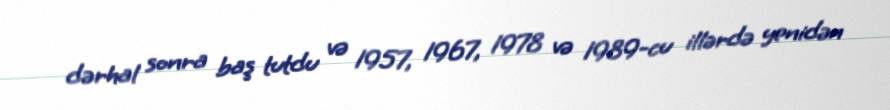
dərhal sonra baş tutdu və 1957, 1967, 1978 və 1989-cu illərdə yenidən